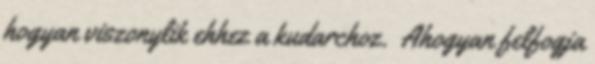
hogyan viszonylik ehhez a kudarchoz. Ahogyan felfogja